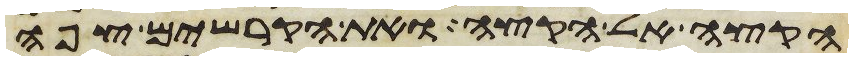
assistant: הקצה אל הקצה ואת הקרשים צפה